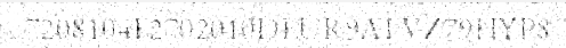
7208104F2702010DEUR9ATVZ79HYP8